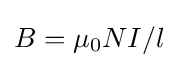
B=\mu _{0}NI/l